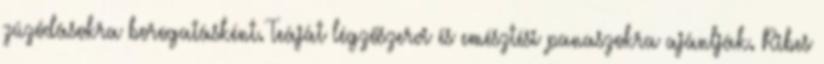
zúzódásokra borogatásként. Teáját légzőszervi és emésztési panaszokra ajánlják. Ribes